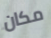
مكان